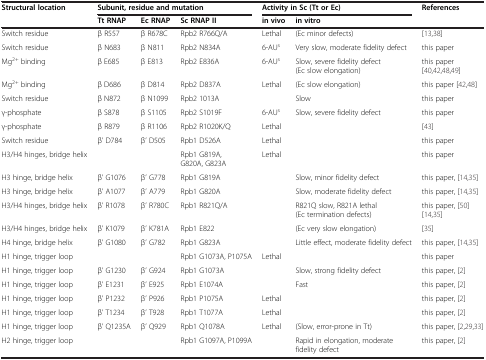
<table><thead><tr><td rowspan="2"><b>Structural location</b></td><td colspan="3"><b>Subunit, residue and mutation</b></td><td colspan="2"><b>Activity in Sc (Tt or Ec)</b></td><td rowspan="2"><b>References</b></td></tr><tr><td><b>Tt RNAP</b></td><td><b>Ec RNAP</b></td><td><b>Sc RNAP II</b></td><td><b>in vivo</b></td><td><b>in vitro</b></td></tr></thead><tbody><tr><td>Switch residue</td><td>β R557</td><td>β R678C</td><td>Rpb2 R766Q/A</td><td>Lethal</td><td>(Ec minor defects)</td><td>[13,38]</td></tr><tr><td>Switch residue</td><td>β N683</td><td>β N811</td><td>Rpb2 N834A</td><td>6-AU<sup>s</sup></td><td>Very slow, moderate fidelity defect</td><td>this paper</td></tr><tr><td>Mg<sup>2+</sup> binding</td><td>β E685</td><td>β E813</td><td>Rpb2 E836A</td><td>6-AU<sup>s</sup></td><td>Slow, severe fidelity defect (Ec slow elongation)</td><td>this paper[40,42,48,49]</td></tr><tr><td>Mg<sup>2+</sup> binding</td><td>β D686</td><td>β D814</td><td>Rpb2 D837A</td><td>Lethal</td><td>(Ec slow elongation)</td><td>this paper[42,48]</td></tr><tr><td>Switch residue</td><td>β N872</td><td>β N1099</td><td>Rpb2 1013A</td><td> </td><td>Slow</td><td>this paper</td></tr><tr><td>γ-phosphate</td><td>β S878</td><td>β S1105</td><td>Rpb2 S1019F</td><td>6-AU<sup>s</sup></td><td>Slow, severe fidelity defect</td><td>this paper</td></tr><tr><td>γ-phosphate</td><td>β R879</td><td>β R1106</td><td>Rpb2 R1020K/Q</td><td>Lethal</td><td> </td><td>[43]</td></tr><tr><td>Switch residue</td><td>β’ D784</td><td>β’ D505</td><td>Rpb1 D526A</td><td>Lethal</td><td> </td><td>this paper</td></tr><tr><td>H3/H4 hinges, bridge helix</td><td> </td><td> </td><td>Rpb1 G819A, G820A, G823A</td><td>Lethal</td><td> </td><td>this paper</td></tr><tr><td>H3 hinge, bridge helix</td><td>β’ G1076</td><td>β’ G778</td><td>Rpb1 G819A</td><td> </td><td>Slow, minor fidelity defect</td><td>this paper,[14,35]</td></tr><tr><td>H3 hinge, bridge helix</td><td>β’ A1077</td><td>β’ A779</td><td>Rpb1 G820A</td><td> </td><td>Slow, moderate fidelity defect</td><td>this paper,[14,35]</td></tr><tr><td>H3/H4 hinges, bridge helix</td><td>β’ R1078</td><td>β’ R780C</td><td>Rpb1 R821Q/A</td><td> </td><td>R821Q slow, R821A lethal (Ec termination defects)</td><td>this paper,[50][14,35]</td></tr><tr><td>H3/H4 hinges, bridge helix</td><td>β’ K1079</td><td>β’ K781A</td><td>Rpb1 E822</td><td> </td><td>(Ec very slow elongation)</td><td>[35]</td></tr><tr><td>H4 hinge, bridge helix</td><td>β’ G1080</td><td>β’ G782</td><td>Rpb1 G823A</td><td> </td><td>Little effect, moderate fidelity defect</td><td>this paper,[14,35]</td></tr><tr><td>H1 hinge, trigger loop</td><td> </td><td> </td><td>Rpb1 G1073A, P1075A</td><td>Lethal</td><td> </td><td>this paper</td></tr><tr><td>H1 hinge, trigger loop</td><td>β’ G1230</td><td>β’ G924</td><td>Rpb1 G1073A</td><td> </td><td>Slow, strong fidelity defect</td><td>this paper,[2]</td></tr><tr><td>H1 hinge, trigger loop</td><td>β’ E1231</td><td>β’ E925</td><td>Rpb1 E1074A</td><td> </td><td>Fast</td><td>this paper,[2]</td></tr><tr><td>H1 hinge, trigger loop</td><td>β’ P1232</td><td>β’ P926</td><td>Rpb1 P1075A</td><td>Lethal</td><td> </td><td>this paper,[2]</td></tr><tr><td>H1 hinge, trigger loop</td><td>β’ T1234</td><td>β’ T928</td><td>Rpb1 T1077A</td><td>Lethal</td><td> </td><td>this paper,[2]</td></tr><tr><td>H1 hinge, trigger loop</td><td>β’ Q1235A</td><td>β’ Q929</td><td>Rpb1 Q1078A</td><td>Lethal</td><td>(Slow, error-prone in Tt)</td><td>this paper,[2,29,33]</td></tr><tr><td>H2 hinge, trigger loop</td><td> </td><td> </td><td>Rpb1 G1097A, P1099A</td><td> </td><td>Rapid in elongation, moderate fidelity defect</td><td>this paper,[2]</td></tr></tbody></table>